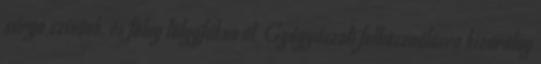
sárga színűek, és főleg tölgyfákon él. Gyógyászati felhasználásra kizárólag